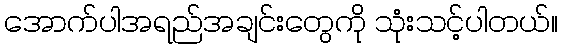
အောက်ပါအရည်အချင်းတွေကို သုံးသင့်ပါတယ်။